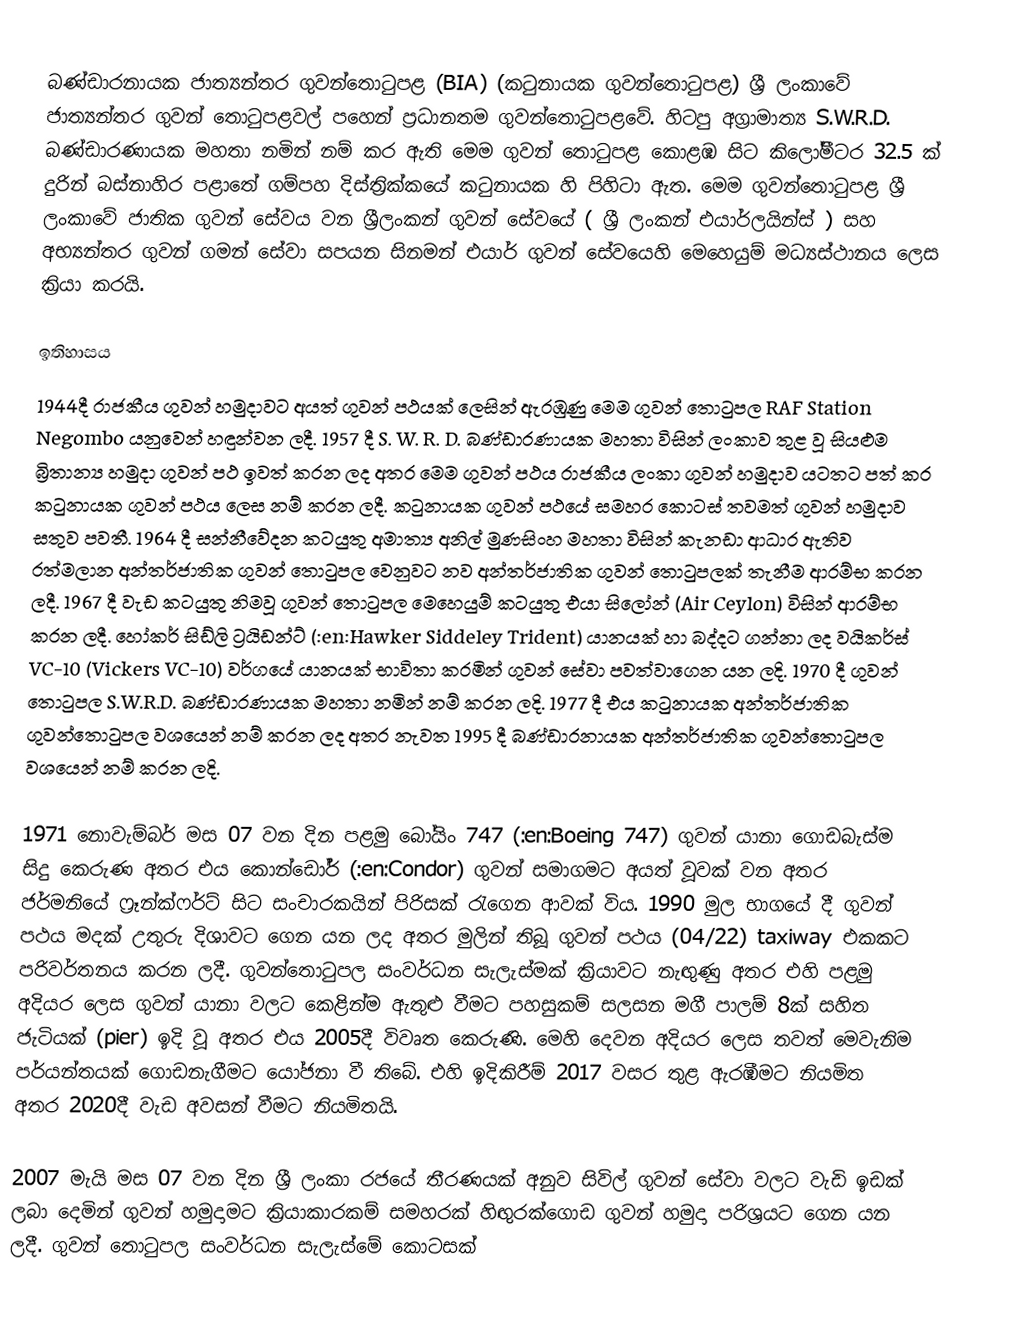
බණ්ඩාරනායක ජාත්‍යන්තර ගුවන්තොටුපළ (BIA) (කටුනායක ගුවන්තොටුපළ)   ශ්‍රී ලංකාවේ ජාත්‍යන්තර ගුවන් තොටුපළවල් පහෙන් ප්‍රධානතම ගුවන්තොටුපළවේ. හිටපු අග්‍රාමාත්‍ය S.W.R.D. බණ්ඩාරණායක මහතා නමින් නම් කර ඇති මෙම ගුවන් තොටුපළ කොළඹ සිට කිලෝමීටර 32.5 ක් දුරින් බස්නාහිර පළාතේ  ගම්පහ දිස්ත්‍රික්කයේ  කටුනායක හි පිහිටා ඇත. මෙම ගුවන්තොටුපළ ශ්‍රී ලංකාවේ ජාතික ගුවන් සේවය වන ශ්‍රීලංකන් ගුවන් සේවයේ ( ශ්‍රී ලංකන් එයාර්ලයින්ස් )  සහ අභ්‍යන්තර ගුවන් ගමන් සේවා සපයන සිනමන් එයාර් ගුවන් සේවයෙහි මෙහෙයුම් මධ්‍යස්ථානය ලෙස ක්‍රියා කරයි.

ඉතිහාසය
1944දී රාජකීය ගුවන් හමුදාවට අයත් ගුවන් පථයක් ලෙසින් ඇරඹුණු මෙම ගුවන් තොටුපල RAF Station Negombo යනුවෙන් හඳුන්වන ලදී. 1957 දී S. W. R. D. බණ්ඩාරණායක මහතා විසින් ලංකාව තුළ වූ සියළුම බ්‍රිතාන්‍ය හමුදා ගුවන් පථ ඉවත් කරන ලද අතර මෙම ගුවන් පථය රාජකීය ලංකා ගුවන් හමුදාව යටතට පත් කර කටුනායක ගුවන් පථය ලෙස නම් කරන ලදී. කටුනායක ගුවන් පථයේ සමහර කොටස් තවමත් ගුවන් හමුදාව සතුව පවතී. 1964 දී සන්නීවේදන කටයුතු අමාත්‍ය අනිල් මුණසිංහ මහතා විසින් කැනඩා ආධාර ඇතිව රත්මලාන අන්තර්ජාතික ගුවන් තොටුපල වෙනුවට නව අන්තර්ජාතික ගුවන් තොටුපලක් තැනීම ආරම්භ කරන ලදී. 1967 දී වැඩ කටයුතු නිමවූ ගුවන් තොටුපල මෙහෙයුම් කටයුතු එයා සිලෝන් (Air Ceylon) විසින් ආරම්භ කරන ලදී. හෝකර් සිඩ්ලි ට්‍රයිඩන්ට් (:en:Hawker Siddeley Trident) යානයක් හා බද්දට ගන්නා ලද වයිකර්ස් VC-10 (Vickers VC-10) වර්ගයේ යානයක් භාවිතා කරමින් ගුවන් සේවා පවත්වාගෙන යන ලදි. 1970 දී ගුවන් තොටුපල S.W.R.D. බණ්ඩාරණායක මහතා නමින් නම් කරන ලදි. 1977 දී එය කටුනායක අන්තර්ජාතික ගුවන්තොටුපල වශයෙන් නම් කරන ලද අතර නැවත 1995 දී බණ්ඩාරනායක අන්තර්ජාතික ගුවන්තොටුපල වශයෙන් නම් කරන ලදි.

1971 නොවැම්බර් මස 07 වන දින පළමු බෝයිං 747 (:en:Boeing 747) ගුවන් යානා ගොඩබැස්ම සිදු කෙරුණ අතර එය කොන්ඩෝර් (:en:Condor) ගුවන් සමාගමට අයත් වූවක් වන අතර ජර්මනියේ ෆ්‍රෑන්ක්ෆර්ට් සිට සංචාරකයින් පිරිසක් රැගෙන ආවක් විය. 1990 මුල භාගයේ දී ගුවන් පථය මදක් උතුරු දිශාවට ගෙන යන ලද අතර මුලින් තිබූ ගුවන් පථය (04/22) taxiway එකකට පරිවර්තනය කරන ලදී. ගුවන්තොටුපල සංවර්ධන සැලැස්මක් ක්‍රියාවට නැඟුණු අතර එහි පළමු අදියර ලෙස ගුවන් යානා වලට කෙළින්ම ඇතුළු වීමට පහසුකම් සලසන මගී පාලම් 8ක් සහිත ජැටියක් (pier) ඉදි වූ අතර එය 2005දී විවෘත කෙරුණි. මෙහි දෙවන අදියර ලෙස තවත් මෙවැනිම පර්යන්තයක් ගොඩනැගීමට යෝජනා වී තිබේ. එහි ඉදිකිරීම් 2017 වසර තුළ ඇරඹීමට නියමිත අතර 2020දී වැඩ අවසන් වීමට නියමිතයි.

2007 මැයි මස 07 වන දින ශ්‍රී ලංකා රජයේ තීරණයක් අනුව සිවිල් ගුවන් සේවා වලට වැඩි ඉඩක් ලබා දෙමින් ගුවන් හමුදාමට ක්‍රියාකාරකම් සමහරක් හිඟුරක්ගොඩ ගුවන් හමුදා පරිශ්‍රයට ගෙන යන ලදී. ගුවන් තොටුපල සංවර්ධන සැලැස්මේ කොටසක්